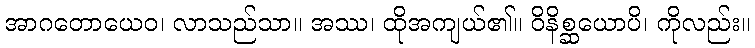
အာဂတောယေဝ၊ လာသည်သာ။ အဿ၊ ထိုအကျယ်၏။ ဝိနိစ္ဆယောပိ၊ ကိုလည်း။